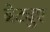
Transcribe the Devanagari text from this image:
ब्रेट्युए